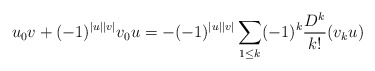
\begin{align*}u_0v+(-1)^{|u||v|}v_0u = -(-1)^{|u||v|}\sum_{1\leq k}(-1)^k\frac{D^k}{k!}(v_{k}u)\end{align*}